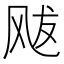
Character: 𩙥